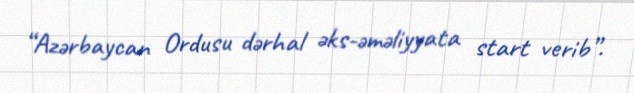
“Azərbaycan Ordusu dərhal əks-əməliyyata start verib”.